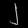
Digit: ၂